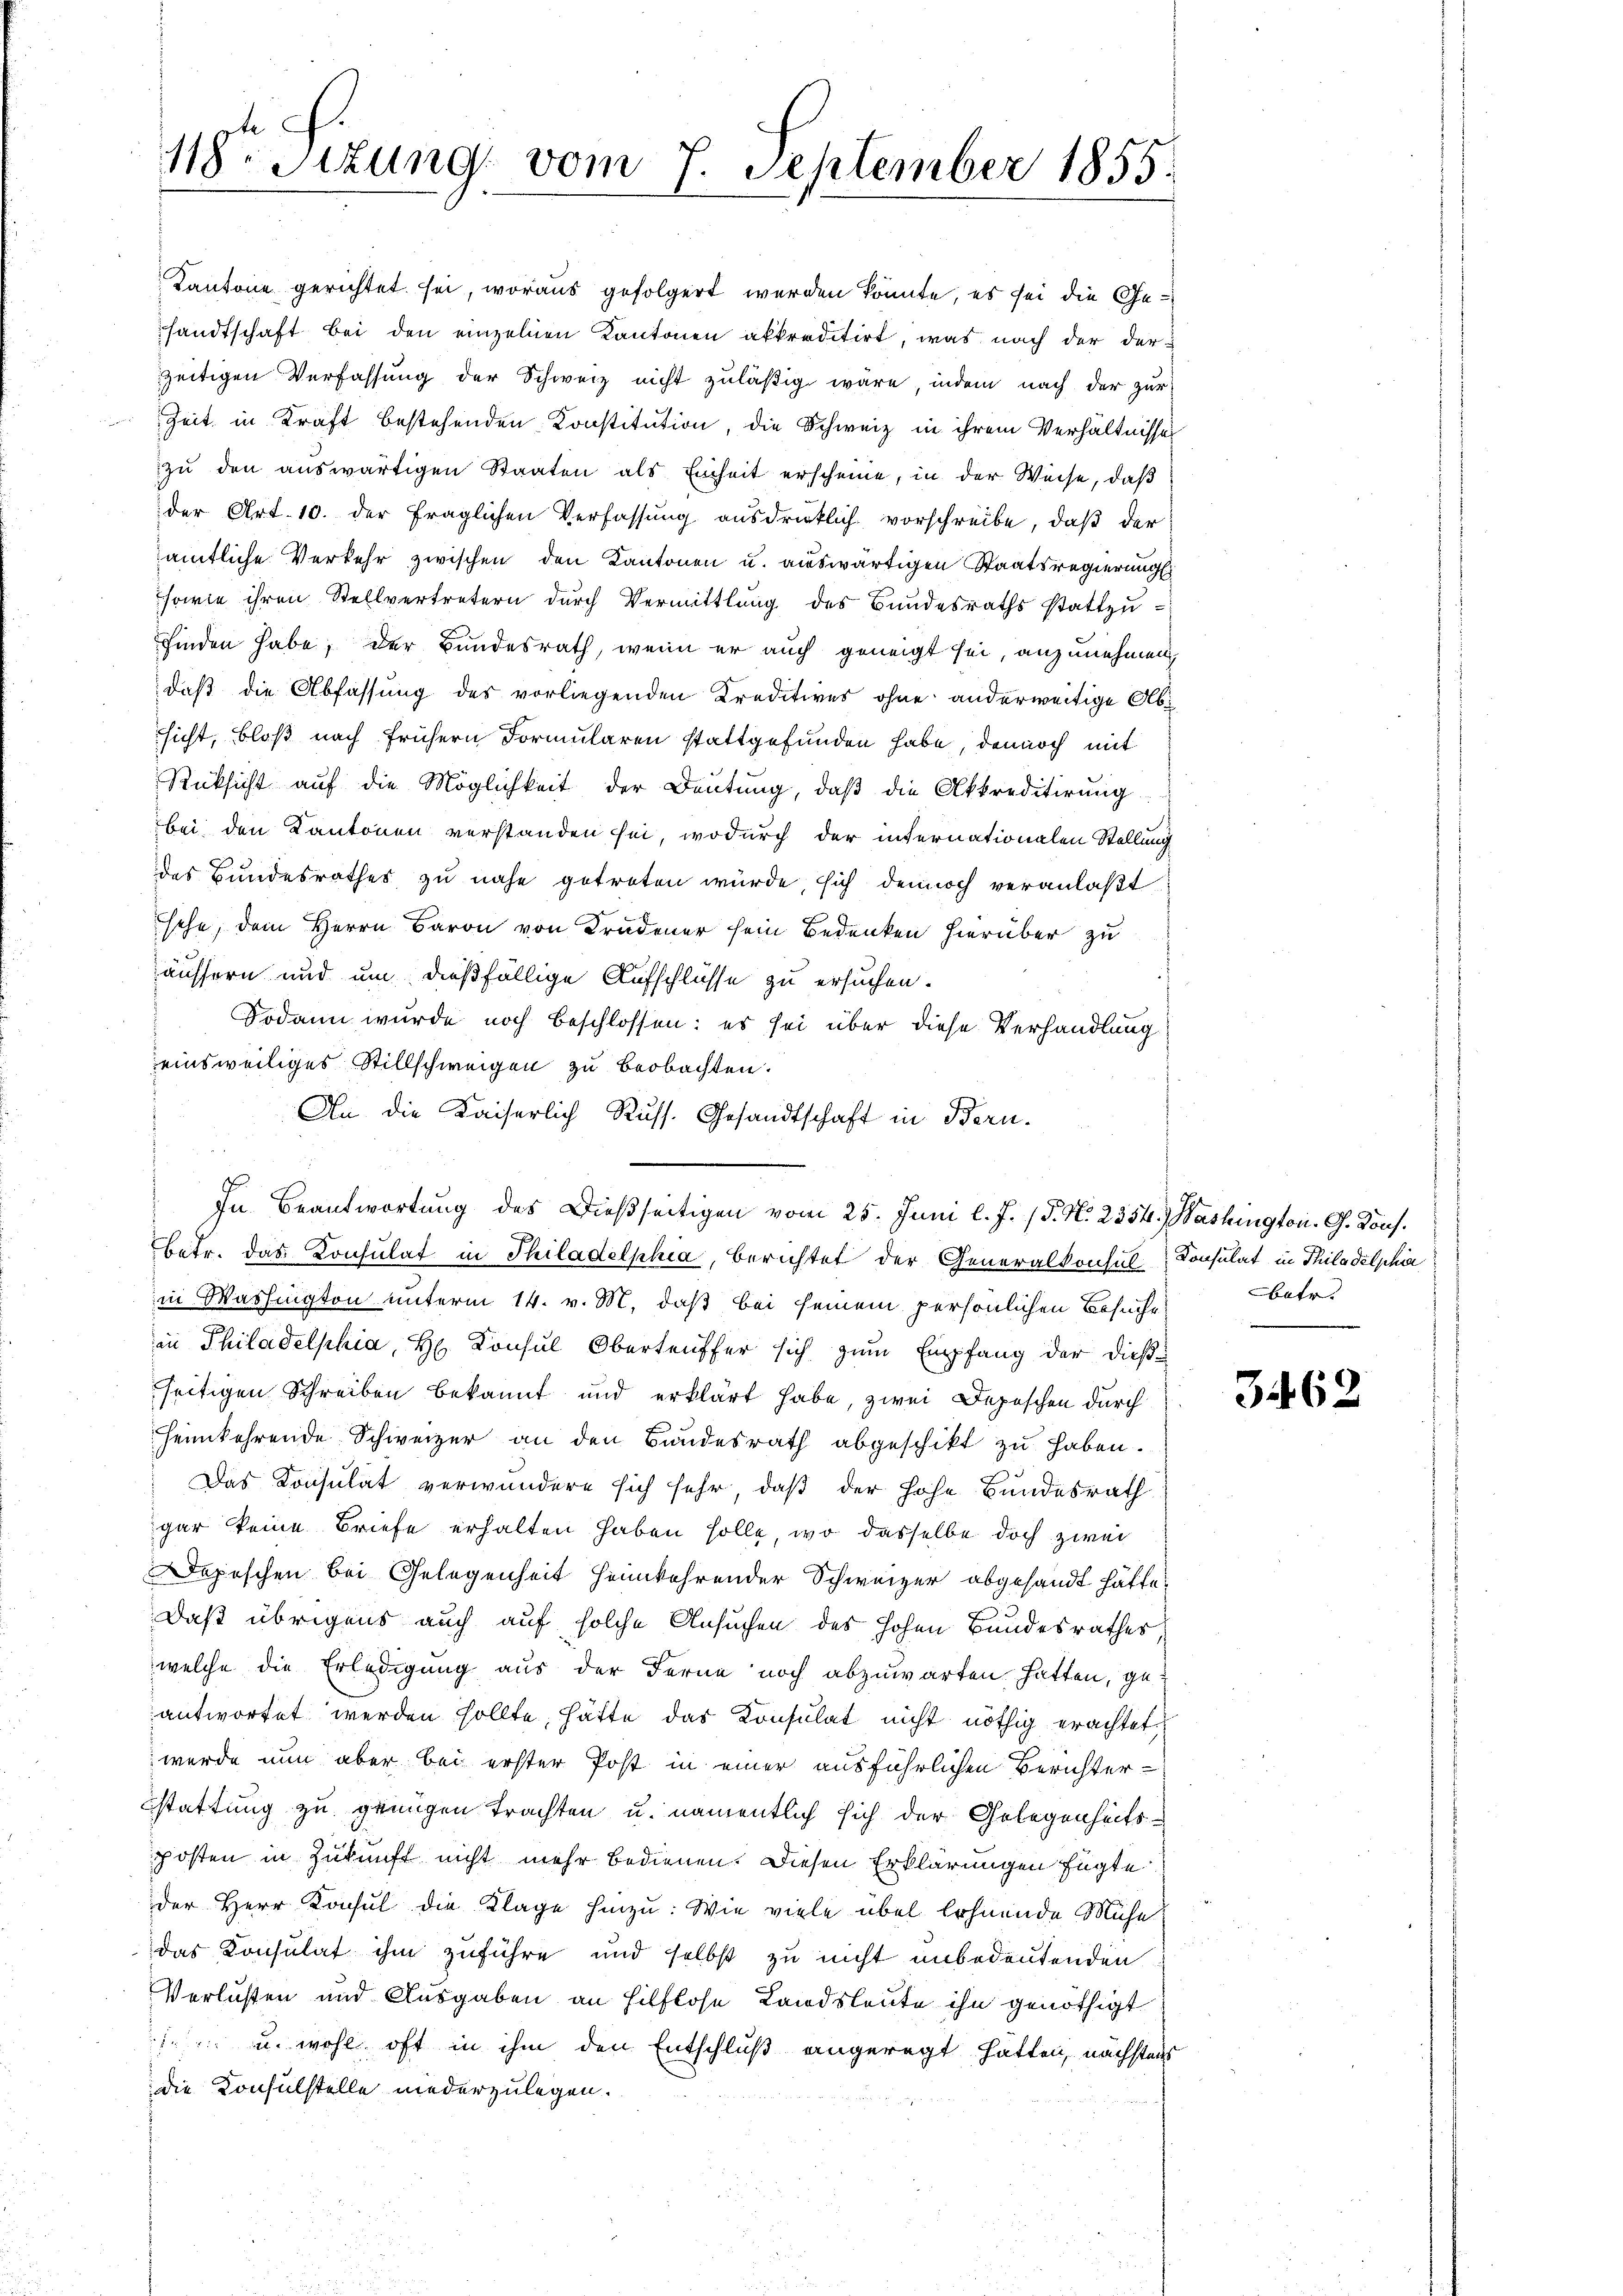
118ten Sizung vom 7. September 1855.

Kantone gerichtet sei, woraus gefolgert werden könnte, es sei die Gesandtschaft bei den einzelnen Kantonen akkreditirt, was nach der der
zeitigen Verfassung der Schweiz nicht zuläßig wäre, indem nach der zur
Zeit in Kraft bestehenden Konstitution, die Schweiz in ihrem Verhältnisse
zŭ den auswärtigen Staaten als Einheit erscheine, in der Weise, daß
der Art. 10. der fraglichen Verfassung ausdrücklich vorschreibe, daß der
amtliche Verkehr zwischen den Kantonen u. auswärtigen Staatsregierungs
sowie ihren Stellvertretern durch Vermittlung des Bundesraths stattzufinden habe, der Bundesrath, wenn er auch geneigt sei, anzunehmen,
daß die Abfassung des vorliegenden Kreditives ohne anderweitige Absicht, bloß nach frühern Formularen stattgefunden habe, dennoch mit
Rücksicht auf die Möglichkeit der Deutung, daß die Akkreditirung
bei den Kantonen verstanden sei, wodurch der internationalen Stellung
des Bundesrathes zu nahe getreten würde, sich dennoch veranlaßt
sehe, dem Herrn Baron von Krudener sein Bedenken hierüber zu
äussern und um dießfällige Aufschlüsse zu ersuchen.
Sodann wurde noch beschlossen: es sei über diese Verhandlung
einsweiliges Stillschweigen zu beobachten.
An die Kaiserlich Russ. Gesandtschaft in Bern.
In Beantwortung des Dießseitigen vom 25. Juni l. J. (T. N. 2354. Washington. G. Kons.
betr. das Konsulat in Philadelphia, berichtet der Generalkonsul Konsulat in Thiladelphia
in Washington unterm 14. v. M. daß bei seinem persönlichen Besuche
in Philadelphia, H. Konsul Oberteuffer sich zum Empfang der dießseitigen Schreiben bekannt und erklärt habe, zwei Depeschen durch
heimkehrende Schweizer an den Bundesrath abgeschikt zu haben.
Das Konsulat verwundere sich sehr, daß der Hohe Bundesrath
gar keine Briefe erhalten haben solle, wo dasselbe doch zwei
Depeschen bei Gelegenheit heimkehrender Schweizer abgesandt hätte,
Daß übrigens auch auf solche Ansuchen des hohen Bandesrathes,
welche die Erledigung aus der Ferne noch abzuwarten hatten, ge-
antwortet werden sollte, hätte das Konsulat nicht nöthig erachtet,
werde nun aber bei erster Post in einer ausführlichen Berichter-
stattung zu genügen trachten u. namentlich sich der Gelegenheits-
posten in Zukunft nicht mehr bedienen. Diesen Erklärungen fügte
der Herr Konsul die Klage hinzu: Wie viele übel lohnende Mühe
das Konsulat ihm zuführe und selbst zu nicht unbedeutenden
Verlusten und Ausgaben an Hilflose Landsleute ihn genöthigt
1 u. wohl oft in ihm den Entschluß angeregt hatten, nächstens
die Konsulstelle niederzulegen.

betr.
e

3462